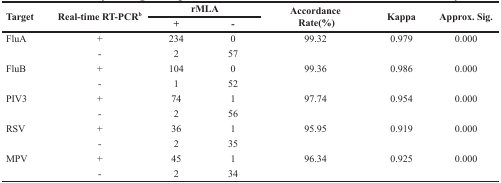
<table><thead><tr><td rowspan="2"><b>Target</b></td><td rowspan="2"><b>Real-time RT-PCR<sup>b</sup></b></td><td colspan="2"><b>rMLA</b></td><td rowspan="2"><b>AccordanceRate(%)</b></td><td rowspan="2"><b>Kappa</b></td><td rowspan="2"><b>Approx. Sig.</b></td></tr><tr><td><b>+</b></td><td><b>-</b></td></tr></thead><tbody><tr><td>FluA</td><td>+</td><td>234</td><td>0</td><td>99.32</td><td>0.979</td><td>0.000</td></tr><tr><td></td><td>-</td><td>2</td><td>57</td><td></td><td></td><td></td></tr><tr><td>FluB</td><td>+</td><td>104</td><td>0</td><td>99.36</td><td>0.986</td><td>0.000</td></tr><tr><td></td><td>-</td><td>1</td><td>52</td><td></td><td></td><td></td></tr><tr><td>PIV3</td><td>+</td><td>74</td><td>1</td><td>97.74</td><td>0.954</td><td>0.000</td></tr><tr><td></td><td>-</td><td>2</td><td>56</td><td></td><td></td><td></td></tr><tr><td>RSV</td><td>+</td><td>36</td><td>1</td><td>95.95</td><td>0.919</td><td>0.000</td></tr><tr><td></td><td>-</td><td>2</td><td>35</td><td></td><td></td><td></td></tr><tr><td>MPV</td><td>+</td><td>45</td><td>1</td><td>96.34</td><td>0.925</td><td>0.000</td></tr><tr><td></td><td>-</td><td>2</td><td>34</td><td></td><td></td><td></td></tr></tbody></table>